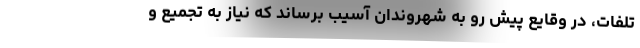
تلفات، در وقایع پیش رو به شهروندان آسیب برساند که نیاز به تجمیع و